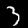
Digit: 3